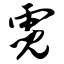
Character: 霓